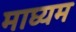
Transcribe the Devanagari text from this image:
माघ्‍यम